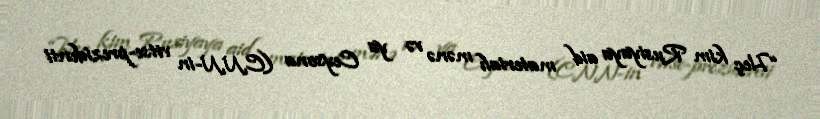
“Heç kim Rusiyaya aid materialı mənə və ya Ceysona (CNN-in vitse-prezidenti